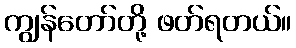
ကျွန်တော်တို့ ဖတ်ရတယ်။